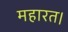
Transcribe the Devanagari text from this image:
महारत।